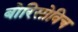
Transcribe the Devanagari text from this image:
बोरिसोविच